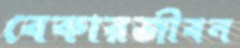
বেকারজীবন